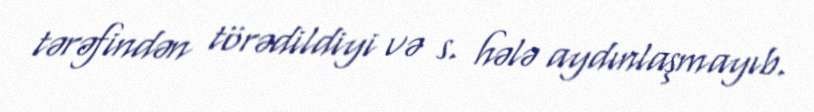
tərəfindən törədildiyi və s. hələ aydınlaşmayıb.